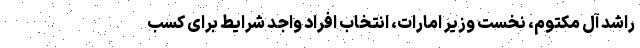
راشد آل مکتوم، نخست وزیر امارات، انتخاب افراد واجد شرایط برای کسب